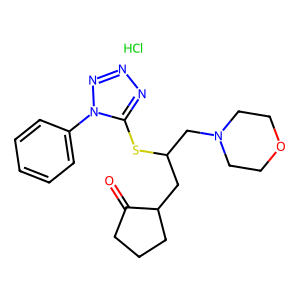
SMILES: Cl.O=C1CCCC1CC(CN1CCOCC1)Sc1nnnn1-c1ccccc1
Inhibits HIV replication: No